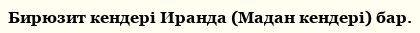
Бирюзит кендері Иранда (Мадан кендері) бар.